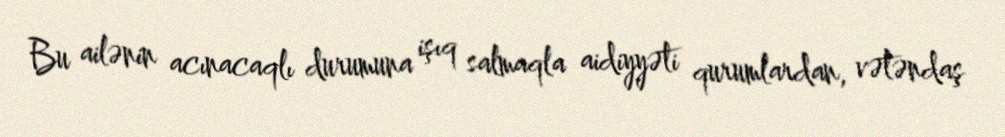
Bu ailənin acınacaqlı durumuna işıq salmaqla aidiyyəti qurumlardan, vətəndaş